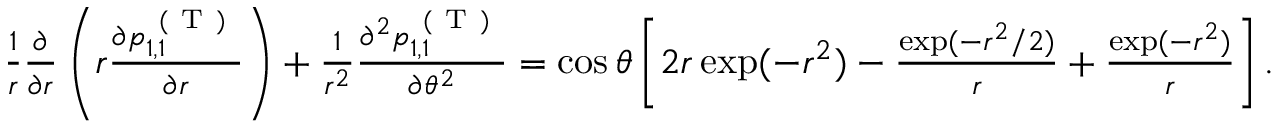
\begin{array} { r } { \frac { 1 } { r } \frac { \partial } { \partial r } \left( r \frac { \partial p _ { 1 , 1 } ^ { \mathrm { ~ ( ~ T ~ ) ~ } } } { \partial r } \right) + \frac { 1 } { r ^ { 2 } } \frac { \partial ^ { 2 } p _ { 1 , 1 } ^ { \mathrm { ~ ( ~ T ~ ) ~ } } } { \partial \theta ^ { 2 } } = \cos \theta \left[ 2 r \exp ( - r ^ { 2 } ) - \frac { \exp ( - r ^ { 2 } / 2 ) } { r } + \frac { \exp ( - r ^ { 2 } ) } { r } \right] . } \end{array}